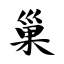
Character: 巢